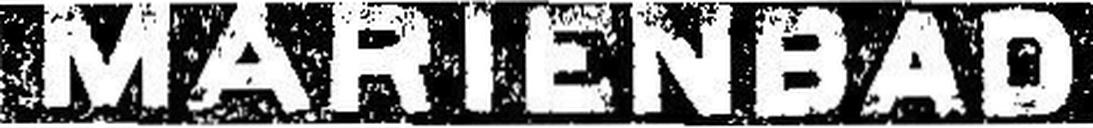
MARIENBAD